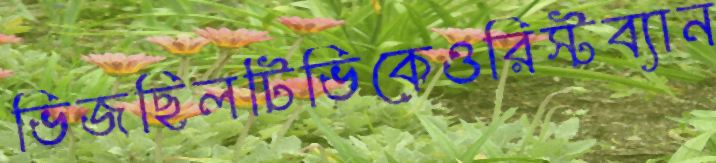
ভিজছিলটিভিকেওরিস্টব্যান